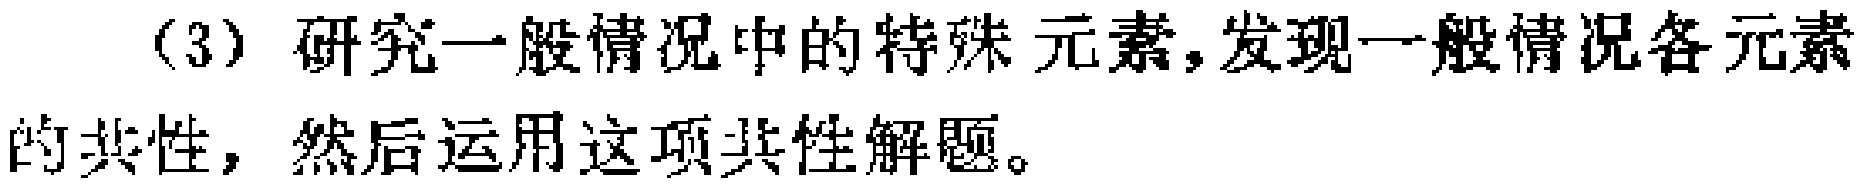
（3）研究一般情况中的特殊元素,发现一般情况各元素的共性，然后运用这项共性解题。